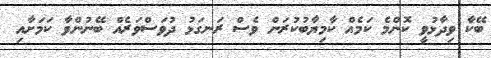
ބޭކާ ވިދާޅުވީ ކޮންމެ ކަމެއް ކާމިޔާބުކުރަން ވެސް ރަނގަޅު ދުވަސްވަރެއް ބޭނުންވާ ކަމަށާއި